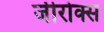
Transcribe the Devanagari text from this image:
जीरोक्स